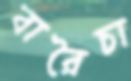
বারৈচা